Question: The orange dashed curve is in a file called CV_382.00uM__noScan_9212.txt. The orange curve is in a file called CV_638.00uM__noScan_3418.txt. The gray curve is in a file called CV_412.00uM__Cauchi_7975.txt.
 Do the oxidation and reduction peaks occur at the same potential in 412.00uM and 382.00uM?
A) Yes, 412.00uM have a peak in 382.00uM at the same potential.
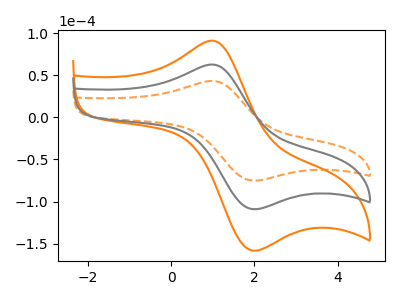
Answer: <think>The orange dashed curve "382.00uM" has an anodic peak at (0.95V, 43.20uA) and a cathodic peak at (1.90V, -74.65uA). The orange curve "638.00uM" has an anodic peak at (0.95V, 125.35uA) and a cathodic peak at (1.90V, -216.70uA). The gray curve "412.00uM" has an anodic peak at (0.95V, 62.70uA) and a cathodic peak at (1.90V, -108.35uA).</think>
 <answer>A) Yes, "412.00uM" have a peak in "382.00uM" at the same potential.</answer>
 <eval>A</eval>